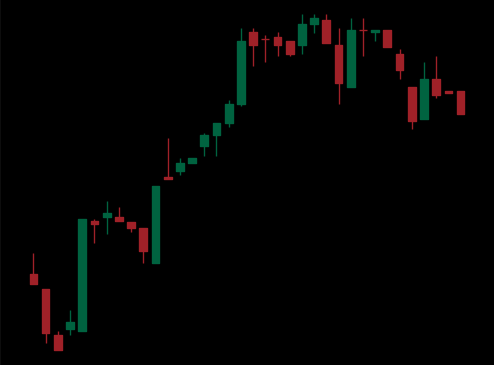
Pattern: bear_flag